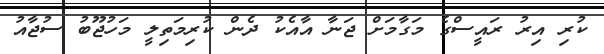
ކުރި އިރު ރައީސްގެ މަގާމަށް ޖަނާ އާއެކު ދެން ކުރިމަތިލީ މަހުޖޫބު ސުޖާއު